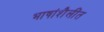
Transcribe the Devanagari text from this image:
भाषांशैलींत